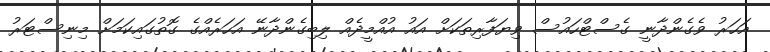
އަހަރު ވެގެންދާނީ ގެސްޓްހައުސް ވިޔަފާރިތަކަށް އައު އުއްމީދެއް ލިބިގެންދާނޭ އަހަރެއްގެ ގޮތުގައިކަމަށް މިނިސްޓަރު